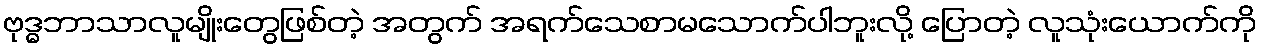
ဗုဒ္ဓဘာသာလူမျိုးတွေဖြစ်တဲ့ အတွက် အရက်သေစာမသောက်ပါဘူးလို့ ပြောတဲ့ လူသုံးယောက်ကို